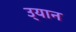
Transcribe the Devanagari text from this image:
उ्यान